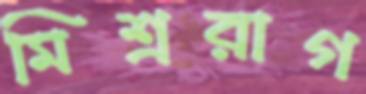
মিশ্ররাগ